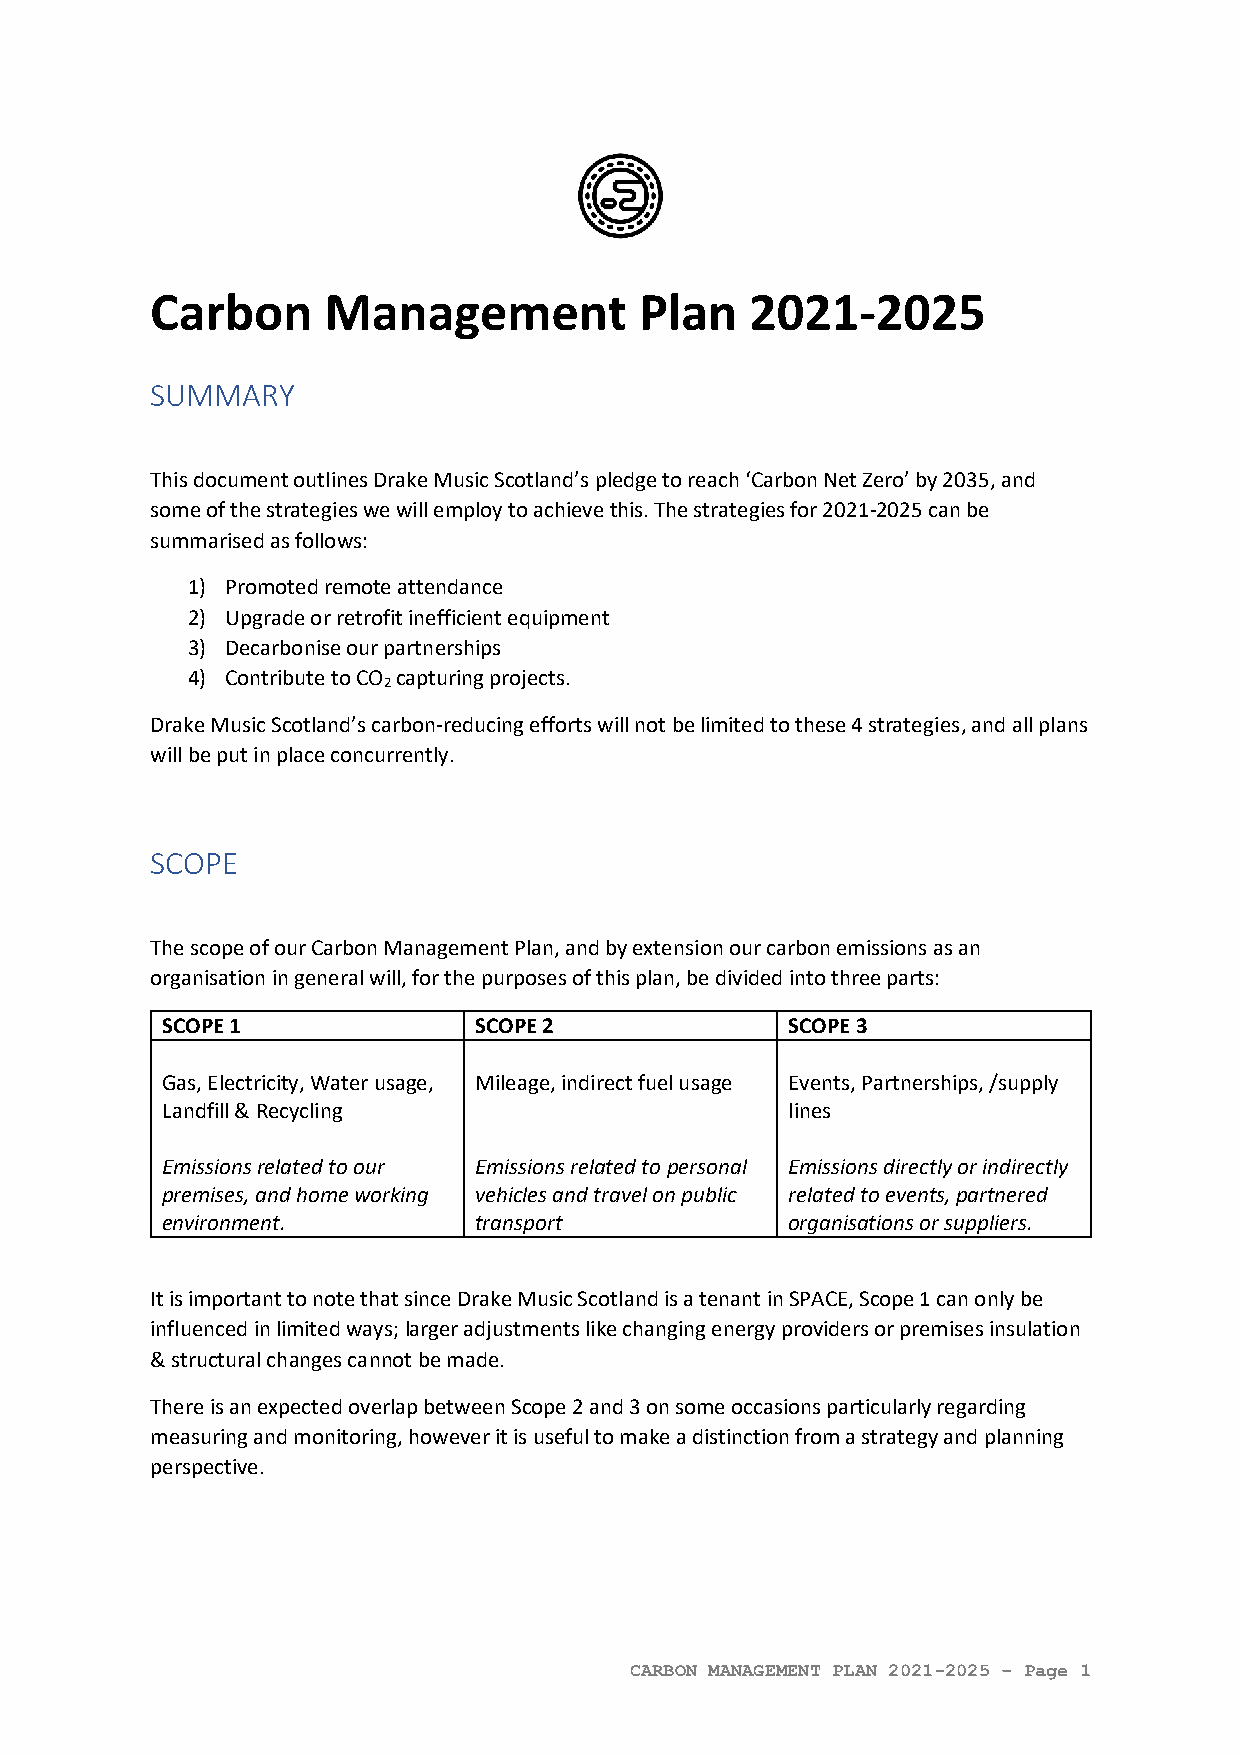
Carbon     Management           Plan    2021-2025
 SUMMARY
 This document outlines Drake Music Scotland’s pledge to reach ‘Carbon Net Zero’ by 2035, and
 some of the strategies we will employ to achieve this. The strategies for 2021-2025 can be
 summarised as follows:
 1) Promoted remote attendance
 2) Upgrade or retrofit inefficient equipment
 3) Decarbonise our partnerships
 4) Contribute to CO capturing projects.
 2
 Drake Music Scotland’s carbon-reducing efforts will not be limited to these 4 strategies, and all plans
 will be put in place concurrently.
 SCOPE
 The scope of our Carbon Management Plan, and by extension our carbon emissions as an
 organisation in general will, for the purposes of this plan, be divided into three parts:
 SCOPE 1             SCOPE 2              SCOPE 3
 Gas, Electricity, Water usage, Mileage, indirect fuel usage Events, Partnerships, /supply
 Landfill & Recycling                     lines
 Emissions related to our Emissions related to personal Emissions directly or indirectly
 premises, and home working vehicles and travel on public related to events, partnered
 environment.        transport            organisations or suppliers.
 It is important to note that since Drake Music Scotland is a tenant in SPACE, Scope 1 can only be
 influenced in limited ways; larger adjustments like changing energy providers or premises insulation
 & structural changes cannot be made.
 There is an expected overlap between Scope 2 and 3 on some occasions particularly regarding
 measuring and monitoring, however it is useful to make a distinction from a strategy and planning
 perspective.
 CARBON MANAGEMENT PLAN 2021-2025 – Page 1